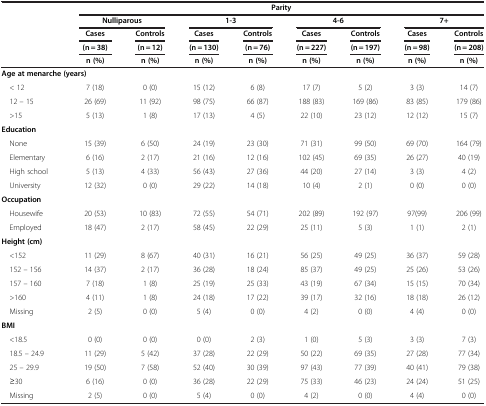
<table><thead><tr><td><b> </b></td><td colspan="8"><b>Parity</b></td></tr><tr><td><b> </b></td><td colspan="2"><b>Nulliparous</b></td><td colspan="2"><b>1-3</b></td><td colspan="2"><b>4-6</b></td><td colspan="2"><b>7+</b></td></tr><tr><td><b> </b></td><td><b>Cases</b></td><td><b>Controls</b></td><td><b>Cases</b></td><td><b>Controls</b></td><td><b>Cases</b></td><td><b>Controls</b></td><td><b>Cases</b></td><td><b>Controls</b></td></tr><tr><td><b> </b></td><td><b>(n = 38)</b></td><td><b>(n = 12)</b></td><td><b>(n = 130)</b></td><td><b>(n = 76)</b></td><td><b>(n = 227)</b></td><td><b>(n = 197)</b></td><td><b>(n = 98)</b></td><td><b>(n = 208)</b></td></tr><tr><td><b> </b></td><td><b>n (%)</b></td><td><b>n (%)</b></td><td><b>n (%)</b></td><td><b>n (%)</b></td><td><b>n (%)</b></td><td><b>n (%)</b></td><td><b>n (%)</b></td><td><b>n (%)</b></td></tr></thead><tbody><tr><td colspan="2"><b>Age at menarche (years)</b></td><td> </td><td> </td><td> </td><td> </td><td> </td><td> </td><td> </td></tr><tr><td> &lt; 12</td><td>7 (18)</td><td>0 (0)</td><td>15 (12)</td><td>6 (8)</td><td>17 (7)</td><td>5 (2)</td><td>3 (3)</td><td>14 (7)</td></tr><tr><td> 12 – 15</td><td>26 (69)</td><td>11 (92)</td><td>98 (75)</td><td>66 (87)</td><td>188 (83)</td><td>169 (86)</td><td>83 (85)</td><td>179 (86)</td></tr><tr><td> &gt;15</td><td>5 (13)</td><td>1 (8)</td><td>17 (13)</td><td>4 (5)</td><td>22 (10)</td><td>23 (12)</td><td>12 (12)</td><td>15 (7)</td></tr><tr><td><b>Education</b></td><td> </td><td> </td><td> </td><td> </td><td> </td><td> </td><td> </td><td> </td></tr><tr><td> None</td><td>15 (39)</td><td>6 (50)</td><td>24 (19)</td><td>23 (30)</td><td>71 (31)</td><td>99 (50)</td><td>69 (70)</td><td>164 (79)</td></tr><tr><td> Elementary</td><td>6 (16)</td><td>2 (17)</td><td>21 (16)</td><td>12 (16)</td><td>102 (45)</td><td>69 (35)</td><td>26 (27)</td><td>40 (19)</td></tr><tr><td> High school</td><td>5 (13)</td><td>4 (33)</td><td>56 (43)</td><td>27 (36)</td><td>44 (20)</td><td>27 (14)</td><td>3 (3)</td><td>4 (2)</td></tr><tr><td> University</td><td>12 (32)</td><td>0 (0)</td><td>29 (22)</td><td>14 (18)</td><td>10 (4)</td><td>2 (1)</td><td>0 (0)</td><td>0 (0)</td></tr><tr><td><b>Occupation</b></td><td> </td><td> </td><td> </td><td> </td><td> </td><td> </td><td> </td><td> </td></tr><tr><td> Housewife</td><td>20 (53)</td><td>10 (83)</td><td>72 (55)</td><td>54 (71)</td><td>202 (89)</td><td>192 (97)</td><td>97(99)</td><td>206 (99)</td></tr><tr><td> Employed</td><td>18 (47)</td><td>2 (17)</td><td>58 (45)</td><td>22 (29)</td><td>25 (11)</td><td>5 (3)</td><td>1 (1)</td><td>2 (1)</td></tr><tr><td><b>Height (cm)</b></td><td> </td><td> </td><td> </td><td> </td><td> </td><td> </td><td> </td><td> </td></tr><tr><td> &lt;152</td><td>11 (29)</td><td>8 (67)</td><td>40 (31)</td><td>16 (21)</td><td>56 (25)</td><td>49 (25)</td><td>36 (37)</td><td>59 (28)</td></tr><tr><td> 152 – 156</td><td>14 (37)</td><td>2 (17)</td><td>36 (28)</td><td>18 (24)</td><td>85 (37)</td><td>49 (25)</td><td>25 (26)</td><td>53 (26)</td></tr><tr><td> 157 – 160</td><td>7 (18)</td><td>1 (8)</td><td>25 (19)</td><td>25 (33)</td><td>43 (19)</td><td>67 (34)</td><td>15 (15)</td><td>70 (34)</td></tr><tr><td> &gt;160</td><td>4 (11)</td><td>1 (8)</td><td>24 (18)</td><td>17 (22)</td><td>39 (17)</td><td>32 (16)</td><td>18 (18)</td><td>26 (12)</td></tr><tr><td> Missing</td><td>2 (5)</td><td>0 (0)</td><td>5 (4)</td><td>0 (0)</td><td>4 (2)</td><td>0 (0)</td><td>4 (4)</td><td>0 (0)</td></tr><tr><td><b>BMI</b></td><td> </td><td> </td><td> </td><td> </td><td> </td><td> </td><td> </td><td> </td></tr><tr><td> &lt;18.5</td><td>0 (0)</td><td>0 (0)</td><td>0 (0)</td><td>2 (3)</td><td>1 (0)</td><td>5 (3)</td><td>3 (3)</td><td>7 (3)</td></tr><tr><td> 18.5 – 24.9</td><td>11 (29)</td><td>5 (42)</td><td>37 (28)</td><td>22 (29)</td><td>50 (22)</td><td>69 (35)</td><td>27 (28)</td><td>77 (34)</td></tr><tr><td> 25 – 29.9</td><td>19 (50)</td><td>7 (58)</td><td>52 (40)</td><td>30 (39)</td><td>97 (43)</td><td>77 (39)</td><td>40 (41)</td><td>79 (38)</td></tr><tr><td> ≥30</td><td>6 (16)</td><td>0 (0)</td><td>36 (28)</td><td>22 (29)</td><td>75 (33)</td><td>46 (23)</td><td>24 (24)</td><td>51 (25)</td></tr><tr><td> Missing</td><td>2 (5)</td><td>0 (0)</td><td>5 (4)</td><td>0 (0)</td><td>4 (2)</td><td>0 (0)</td><td>4 (4)</td><td>0 (0)</td></tr></tbody></table>